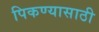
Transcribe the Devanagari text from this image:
पिकण्यासाठी